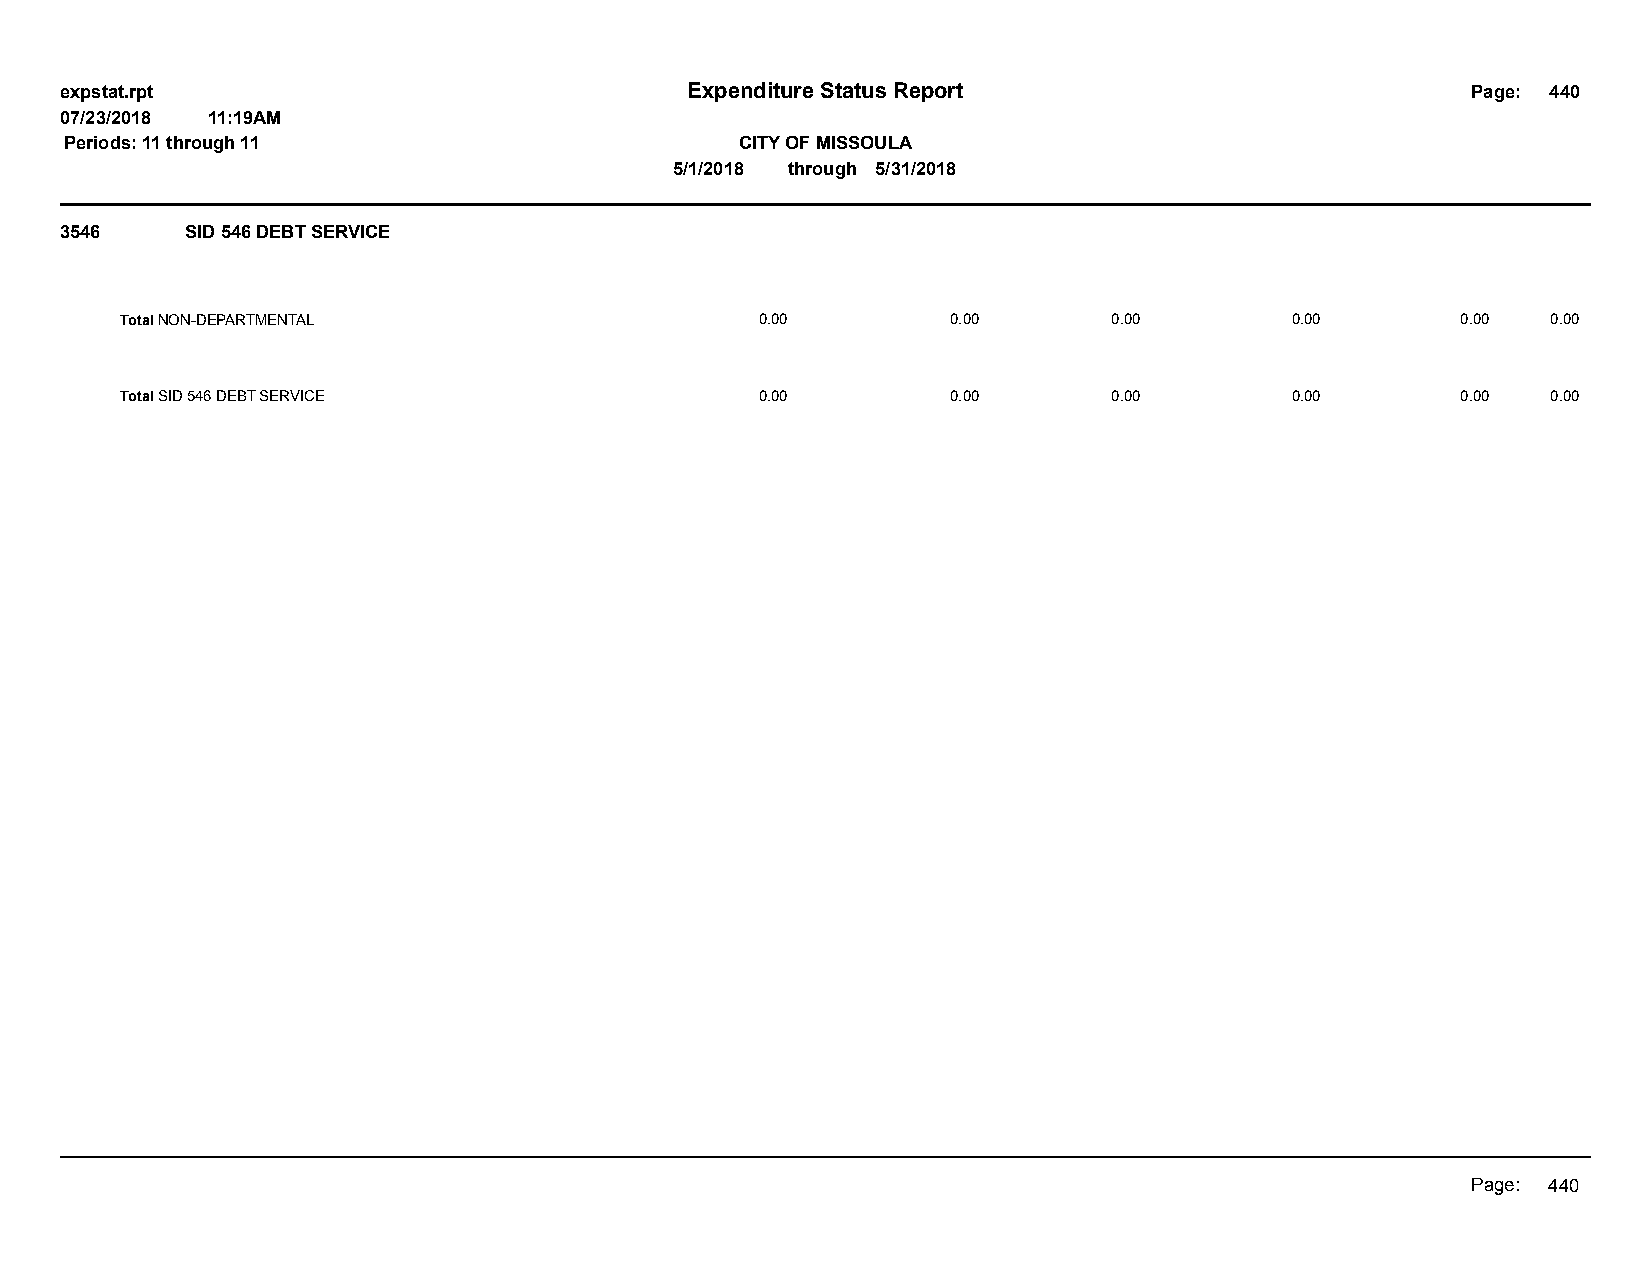
expstat.rpt                              Expenditure Status Report                           Page: 440
 07/23/2018 11:19AM
 Periods: 11 through 11                       CITY OF MISSOULA
 5/1/2018 through 5/31/2018
 3546    SID 546 DEBT SERVICE
 Total NON-DEPARTMENTAL                    0.00         0.00       0.00       0.00        0.00  0.00
 Total SID 546 DEBT SERVICE                0.00         0.00       0.00       0.00        0.00  0.00
 Page: 440